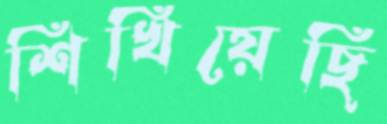
শিখিয়েছি